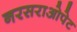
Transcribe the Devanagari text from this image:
नरसराओपेट